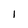
Character: 1